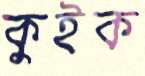
কুইক